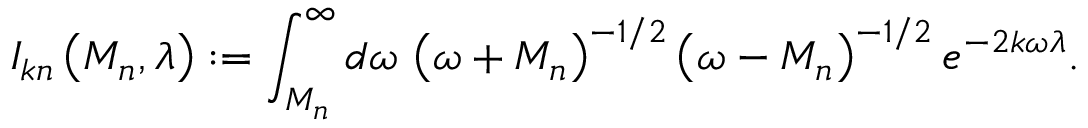
I _ { k n } \left( M _ { n } , \lambda \right) : = \int _ { M _ { n } } ^ { \infty } d \omega \, \left( \omega + M _ { n } \right) ^ { - 1 / 2 } \left( \omega - M _ { n } \right) ^ { - 1 / 2 } e ^ { - 2 k \omega \lambda } .